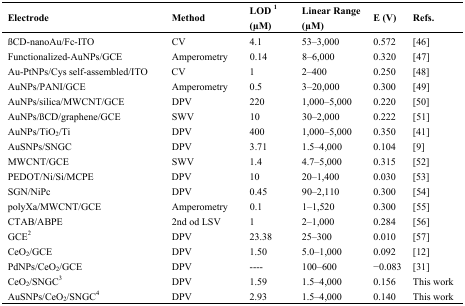
| Electrode | Method | LOD1(μM) | Linear Range (μM) | E (V) | Refs. |
 | --- | --- | --- | --- | --- | --- |
 | βCD-nanoAu/Fc-ITO | CV | 4.1 | 53–3,000 | 0.572 | [46] |
 | Functionalized-AuNPs/GCE | Amperometry | 0.14 | 8–6,000 | 0.320 | [47] |
 | Au-PtNPs/Cys self-assembled/ITO | CV | 1 | 2–400 | 0.250 | [48] |
 | AuNPs/PANI/GCE | Amperometry | 0.5 | 3–20,000 | 0.300 | [49] |
 | AuNPs/silica/MWCNT/GCE | DPV | 220 | 1,000–5,000 | 0.220 | [50] |
 | AuNPs/βCD/graphene/GCE | SWV | 10 | 30–2,000 | 0.222 | [51] |
 | AuNPs/TiO2/Ti | DPV | 400 | 1,000–5,000 | 0.350 | [41] |
 | AuSNPs/SNGC | DPV | 3.71 | 1.5–4,000 | 0.104 | [9] |
 | MWCNT/GCE | SWV | 1.4 | 4.7–5,000 | 0.315 | [52] |
 | PEDOT/Ni/Si/MCPE | DPV | 10 | 20–1,400 | 0.030 | [53] |
 | SGN/NiPc | DPV | 0.45 | 90–2,110 | 0.300 | [54] |
 | polyXa/MWCNT/GCE | Amperometry | 0.1 | 1–1,520 | 0.300 | [55] |
 | CTAB/ABPE | 2nd od LSV | 1 | 2–1,000 | 0.284 | [56] |
 | GCE2 | DPV | 23.38 | 25–300 | 0.010 | [57] |
 | CeO2/GCE | DPV | 1.50 | 5.0–1,000 | 0.092 | [12] |
 | PdNPs/CeO2/GCE | DPV | ---- | 100–600 | −0.083 | [31] |
 | CeO2/SNGC3 | DPV | 1.59 | 1.5–4,000 | 0.156 | This work |
 | AuSNPs/CeO2/SNGC4 | DPV | 2.93 | 1.5–4,000 | 0.140 | This work |